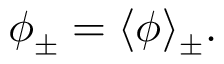
\phi _ { \pm } = \langle \phi \rangle _ { \pm } .